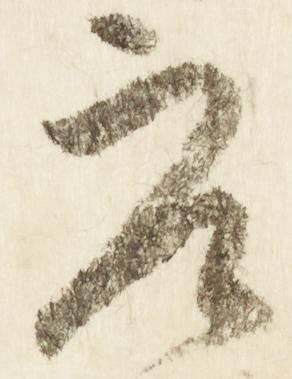
参